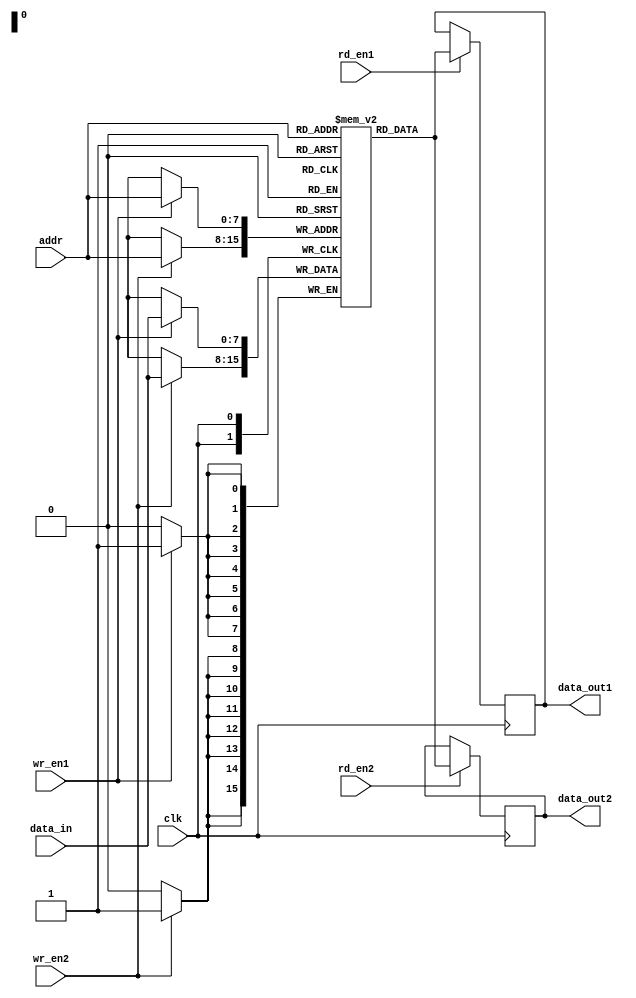
module dual_port_ram (
    input wire clk,
    input wire [7:0] data_in,
    input wire [7:0] addr,
    input wire wr_en1,
    input wire rd_en1,
    input wire wr_en2,
    input wire rd_en2,
    output reg [7:0] data_out1,
    output reg [7:0] data_out2
);

reg [7:0] mem [0:255];

always @(posedge clk) begin
    if (wr_en1) begin
        mem[addr] <= data_in;
    end
    if (rd_en1) begin
        data_out1 <= mem[addr];
    end
    if (wr_en2) begin
        mem[addr] <= data_in;
    end
    if (rd_en2) begin
        data_out2 <= mem[addr];
    end
end

endmodule